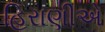
હિરાણીએ